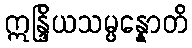
ဣန္ဒြိယသမ္ပန္နောတိ